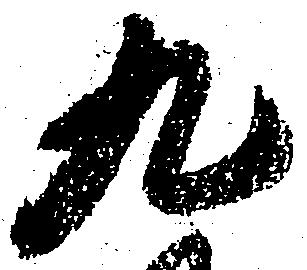
九